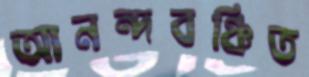
আনন্দবঞ্চিত